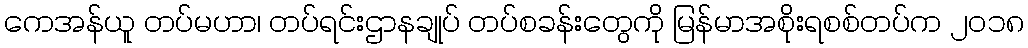
ကေအန်ယူ တပ်မဟာ၊ တပ်ရင်းဌာနချုပ် တပ်စခန်းတွေကို မြန်မာအစိုးရစစ်တပ်က ၂၀၁၈